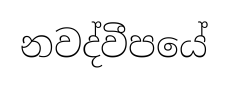
නවද්වීපයේ